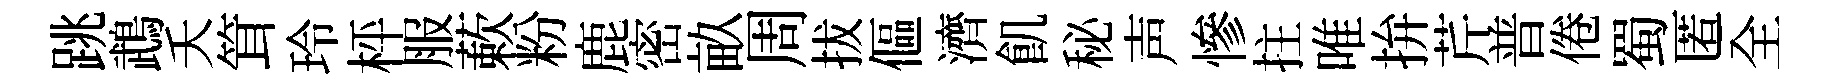
跳鵡夭䇯玲枰服蔌粉鹿密畝周拔傴濟飢秘声慘拄唯拚芹普倦蜀匿全